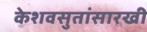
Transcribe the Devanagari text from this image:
केशवसुतांसारखी